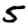
Digit: 5